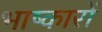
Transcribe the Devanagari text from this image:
भाष्कारों